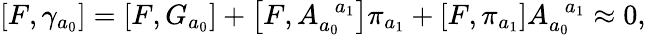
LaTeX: \left[F,\gamma_{a_{0}}\right]=\left[F,G_{a_{0}}\right]+\left[F,A_{a_{0}}^{\; \; a_{1}}\right]\pi_{a_{1}}+\left[F,\pi_{a_{1}}\right]A_{a_{0}}^{\; \; a_{1}}\approx 0,